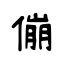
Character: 傰